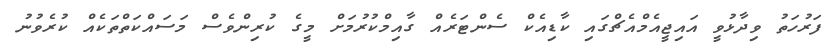
ފަރުހަތު ވިދާޅުވީ އައިޖީއެމްއެޗްގައި ކާޑިއެކް ސެންޓަރެއް ގާއިމްކުރުމަށް މީގެ ކުރިންވެސް މަސައްކަތްތަކެއް ކުރެވުނު